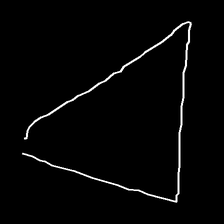
Glyph: convergence